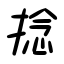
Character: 捻